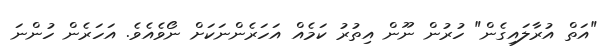
"އަތް އުރާލައިގެން" ހުރުން ނޫން އިތުރު ކަމެއް އަހަރެންނަކަށް ނޯވެއެވެ. އަހަރެން ހުންނަ